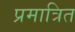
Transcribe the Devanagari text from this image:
प्रमात्रित